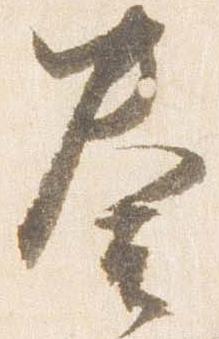
奏